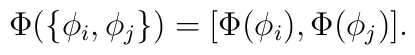
\Phi(\{\phi_i,\phi_j\}) = [\Phi(\phi_i),\Phi(\phi_j)].